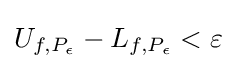
U_{f,P_{\epsilon }}-L_{f,P_{\epsilon }}<\varepsilon